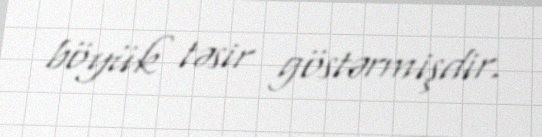
böyük təsir göstərmişdir.